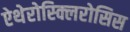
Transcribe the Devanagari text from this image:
ऐथेरोस्क्लिरोसिस